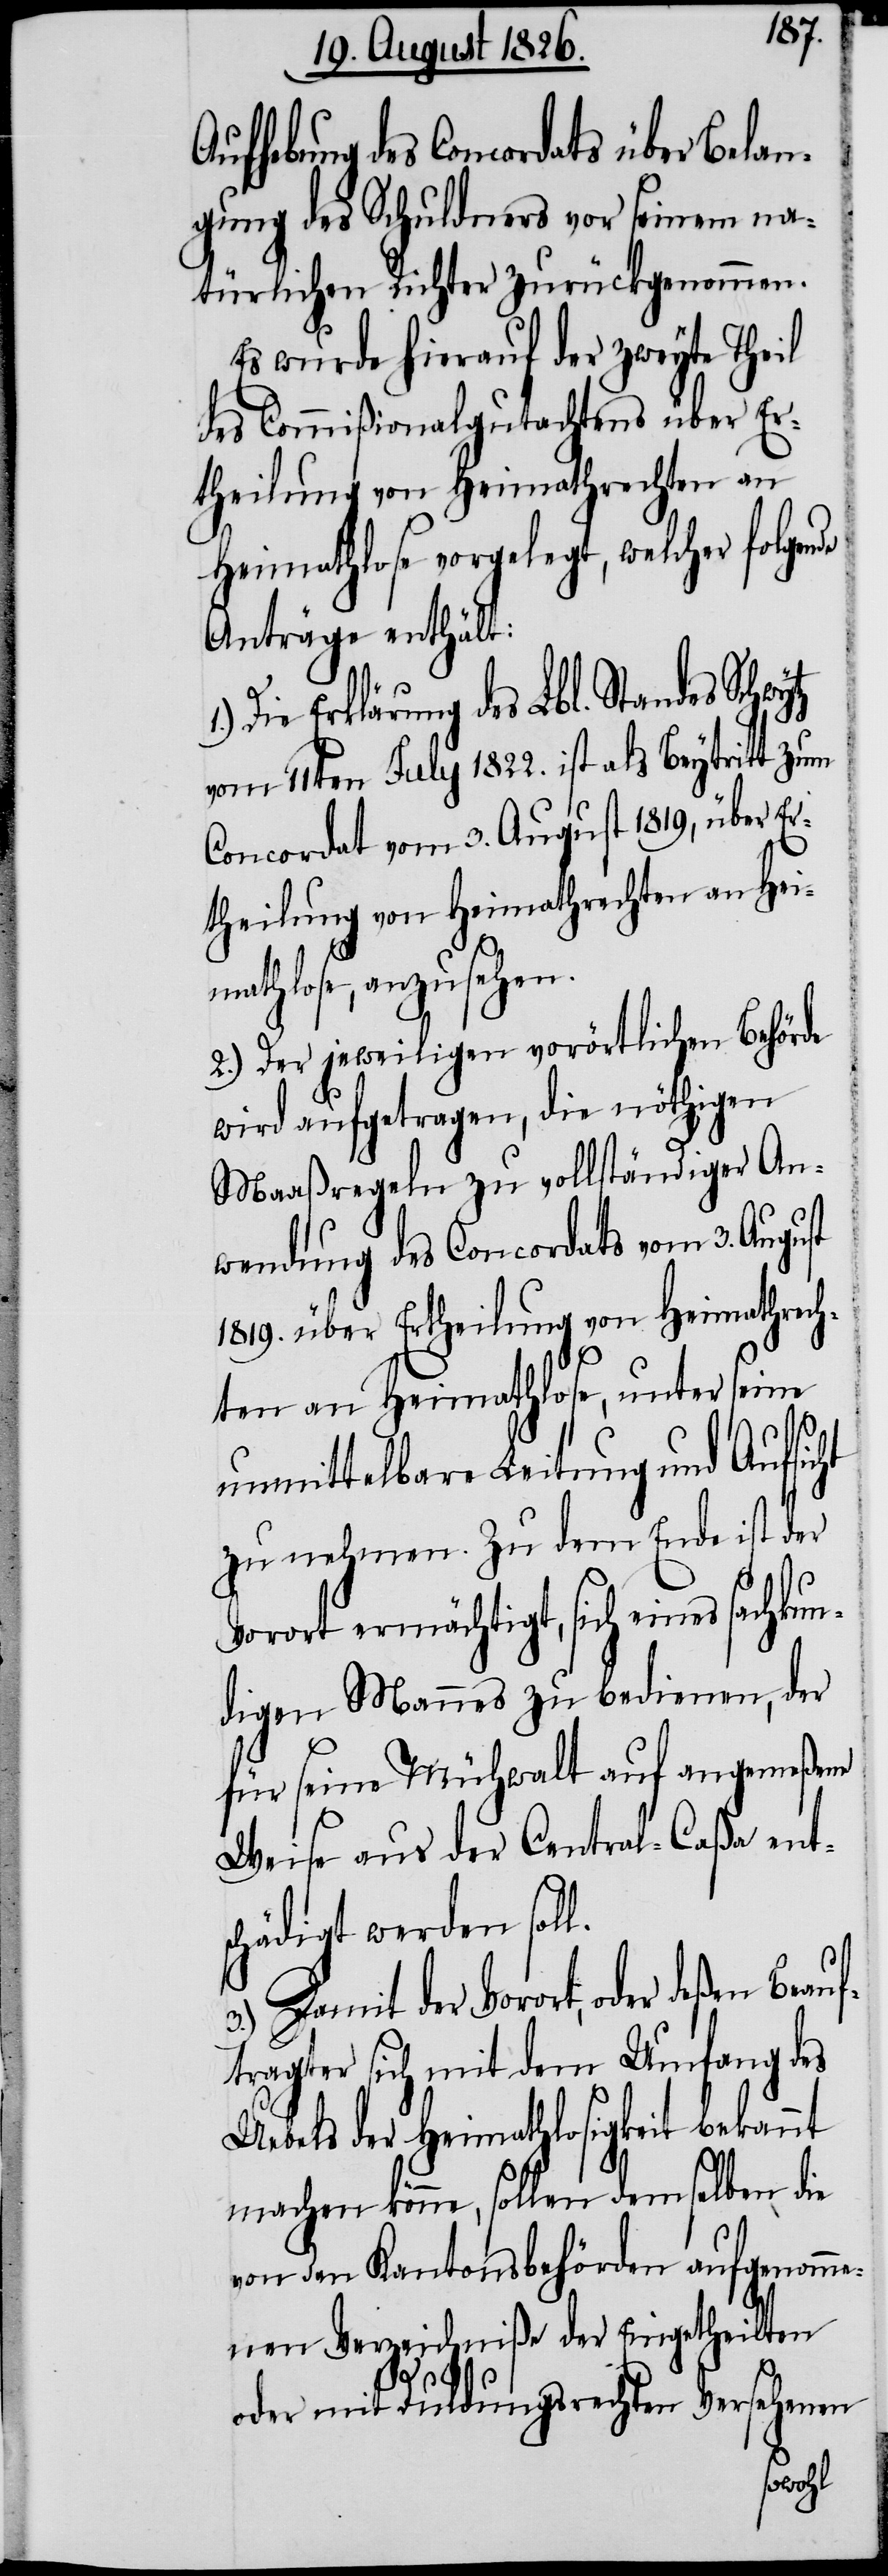
Aufhebung des Concordats über Belan¬
gung des Schuldners vor seinem na¬
türlichen Richter zurückgenommen.
Es wurde hierauf der zweyte Theil
des Commißionalgutachtens über Er¬
theilung von Heimathrechten an
Heimathlose vorgelegt, welcher folgen¬
Anträge enthält:
Die Erklärung des Lbl. Standes Schwy¬
vom 11ten July 1822. ist als Beytritt zum
Concordat vom 3. August 1819, über Er¬
theilung von Heimathrechten an Hei¬
mathlose, anzusehen.
2.) Der jeweiligen vorörtlichen Behörde
wird aufgetragen, die nöthigen
Maaßregeln zu vollständiger An¬
wendung des Concordats vom 3. August
1819. über Ertheilung von Heimathrech¬
ten an Heimathlose, unter seine
tz
unmittelbare Leitung und Aufsicht
zu nehmen. Zu dem Ende ist der
Vorort ermächtigt, sich eines sachkun¬
digen Mannes zu bedienen, der
für seine Mühwalt auf angemeßene
Weise aus der Central-Caßa ent¬
schädigt werden soll.
3.) Damit der Vorort, oder deßen
tragter sich mit dem Umfang des
Uebels der Heimathlosigkeit bekannt
machen könne, sollen demselben die
von den Kantonsbehörden aufgenomm¬
enen Verzeichniße der Eingetheilten
oder mit Duldungsrechten Versehenen
Beauf¬